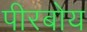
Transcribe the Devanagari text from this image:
पीरबोय